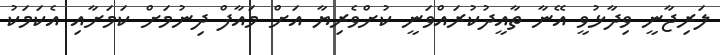
ލަރިޖާނީ ވިދާޅުވީ އޭނާ ތާއީދުކުރައްވަނީ ކުށްވެރިޔާ އަށް މައާފް ދިނުމަށް ކަމަށާއި އެކަމަކު